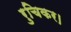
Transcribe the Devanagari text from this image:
रुचिकर।